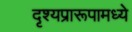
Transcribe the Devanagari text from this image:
दृश्यप्रारूपामध्ये